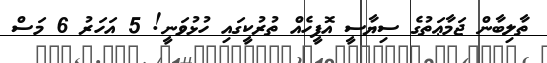
ތާލިބާން ޖަމާޢަތުގެ ސިޔާސީ އޮފީހެއް ތުރުކީގައި ހުޅުވަނީ! 5 އަހަރު 6 މަސް